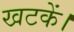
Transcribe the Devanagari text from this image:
खटकें।